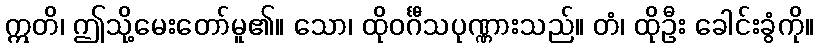
ဣတိ၊ ဤသို့မေးတော်မူ၏။ သော၊ ထိုဝင်္ဂီသပုဏ္ဏားသည်။ တံ၊ ထိုဦး ခေါင်းခွံကို။